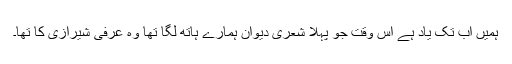
ہمیں اب تک یاد ہے اس وقت جو پہلا شعری دیوان ہمارے ہاتھ لگا تھا وہ عرفی شیرازی کا تھا۔